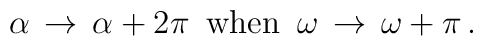
\alpha \, \rightarrow \, \alpha +2\pi \, \, \, \textrm{when}\, \, \, \omega \, \rightarrow \, \omega +\pi \, .